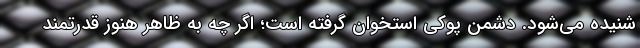
شنیده می‌شود. دشمن پوکی استخوان گرفته است؛ اگر چه به ظاهر هنوز قدرتمند